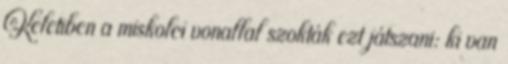
Keletiben a miskolci vonallal szokták ezt játszani: ki van